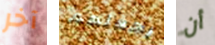
آخر يجعلهم أن